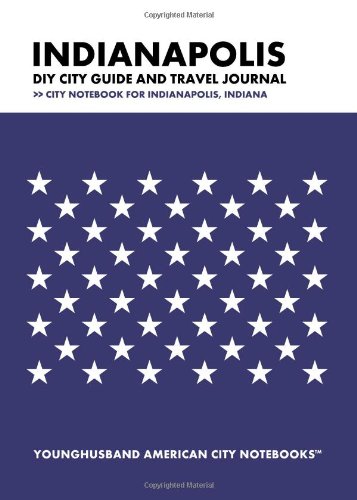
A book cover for Indianapolis DIY City Guide and Travel Journal: City Notebook for Indianapolis, Indiana; Younghusband American City Notebooks; Travel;